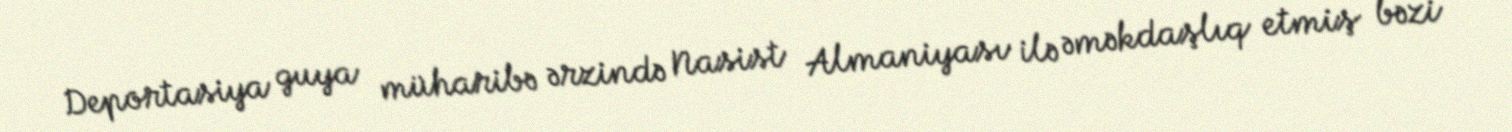
Deportasiya guya müharibə ərzində Nasist Almaniyası ilə əməkdaşlıq etmiş bəzi